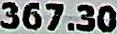
367.30